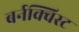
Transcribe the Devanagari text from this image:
बर्नक्विस्ट